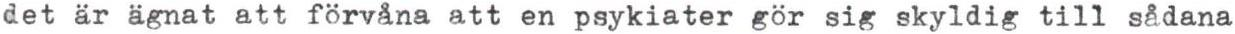
det är ägnat att förvåna att en psykiater gör sig skyldig till sådana